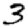
Digit: 3